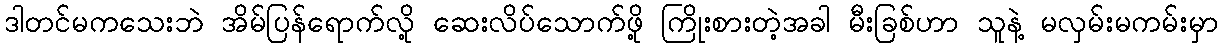
ဒါတင်မကသေးဘဲ အိမ်ပြန်ရောက်လို့ ဆေးလိပ်သောက်ဖို့ ကြိုးစားတဲ့အခါ မီးခြစ်ဟာ သူနဲ့ မလှမ်းမကမ်းမှာ